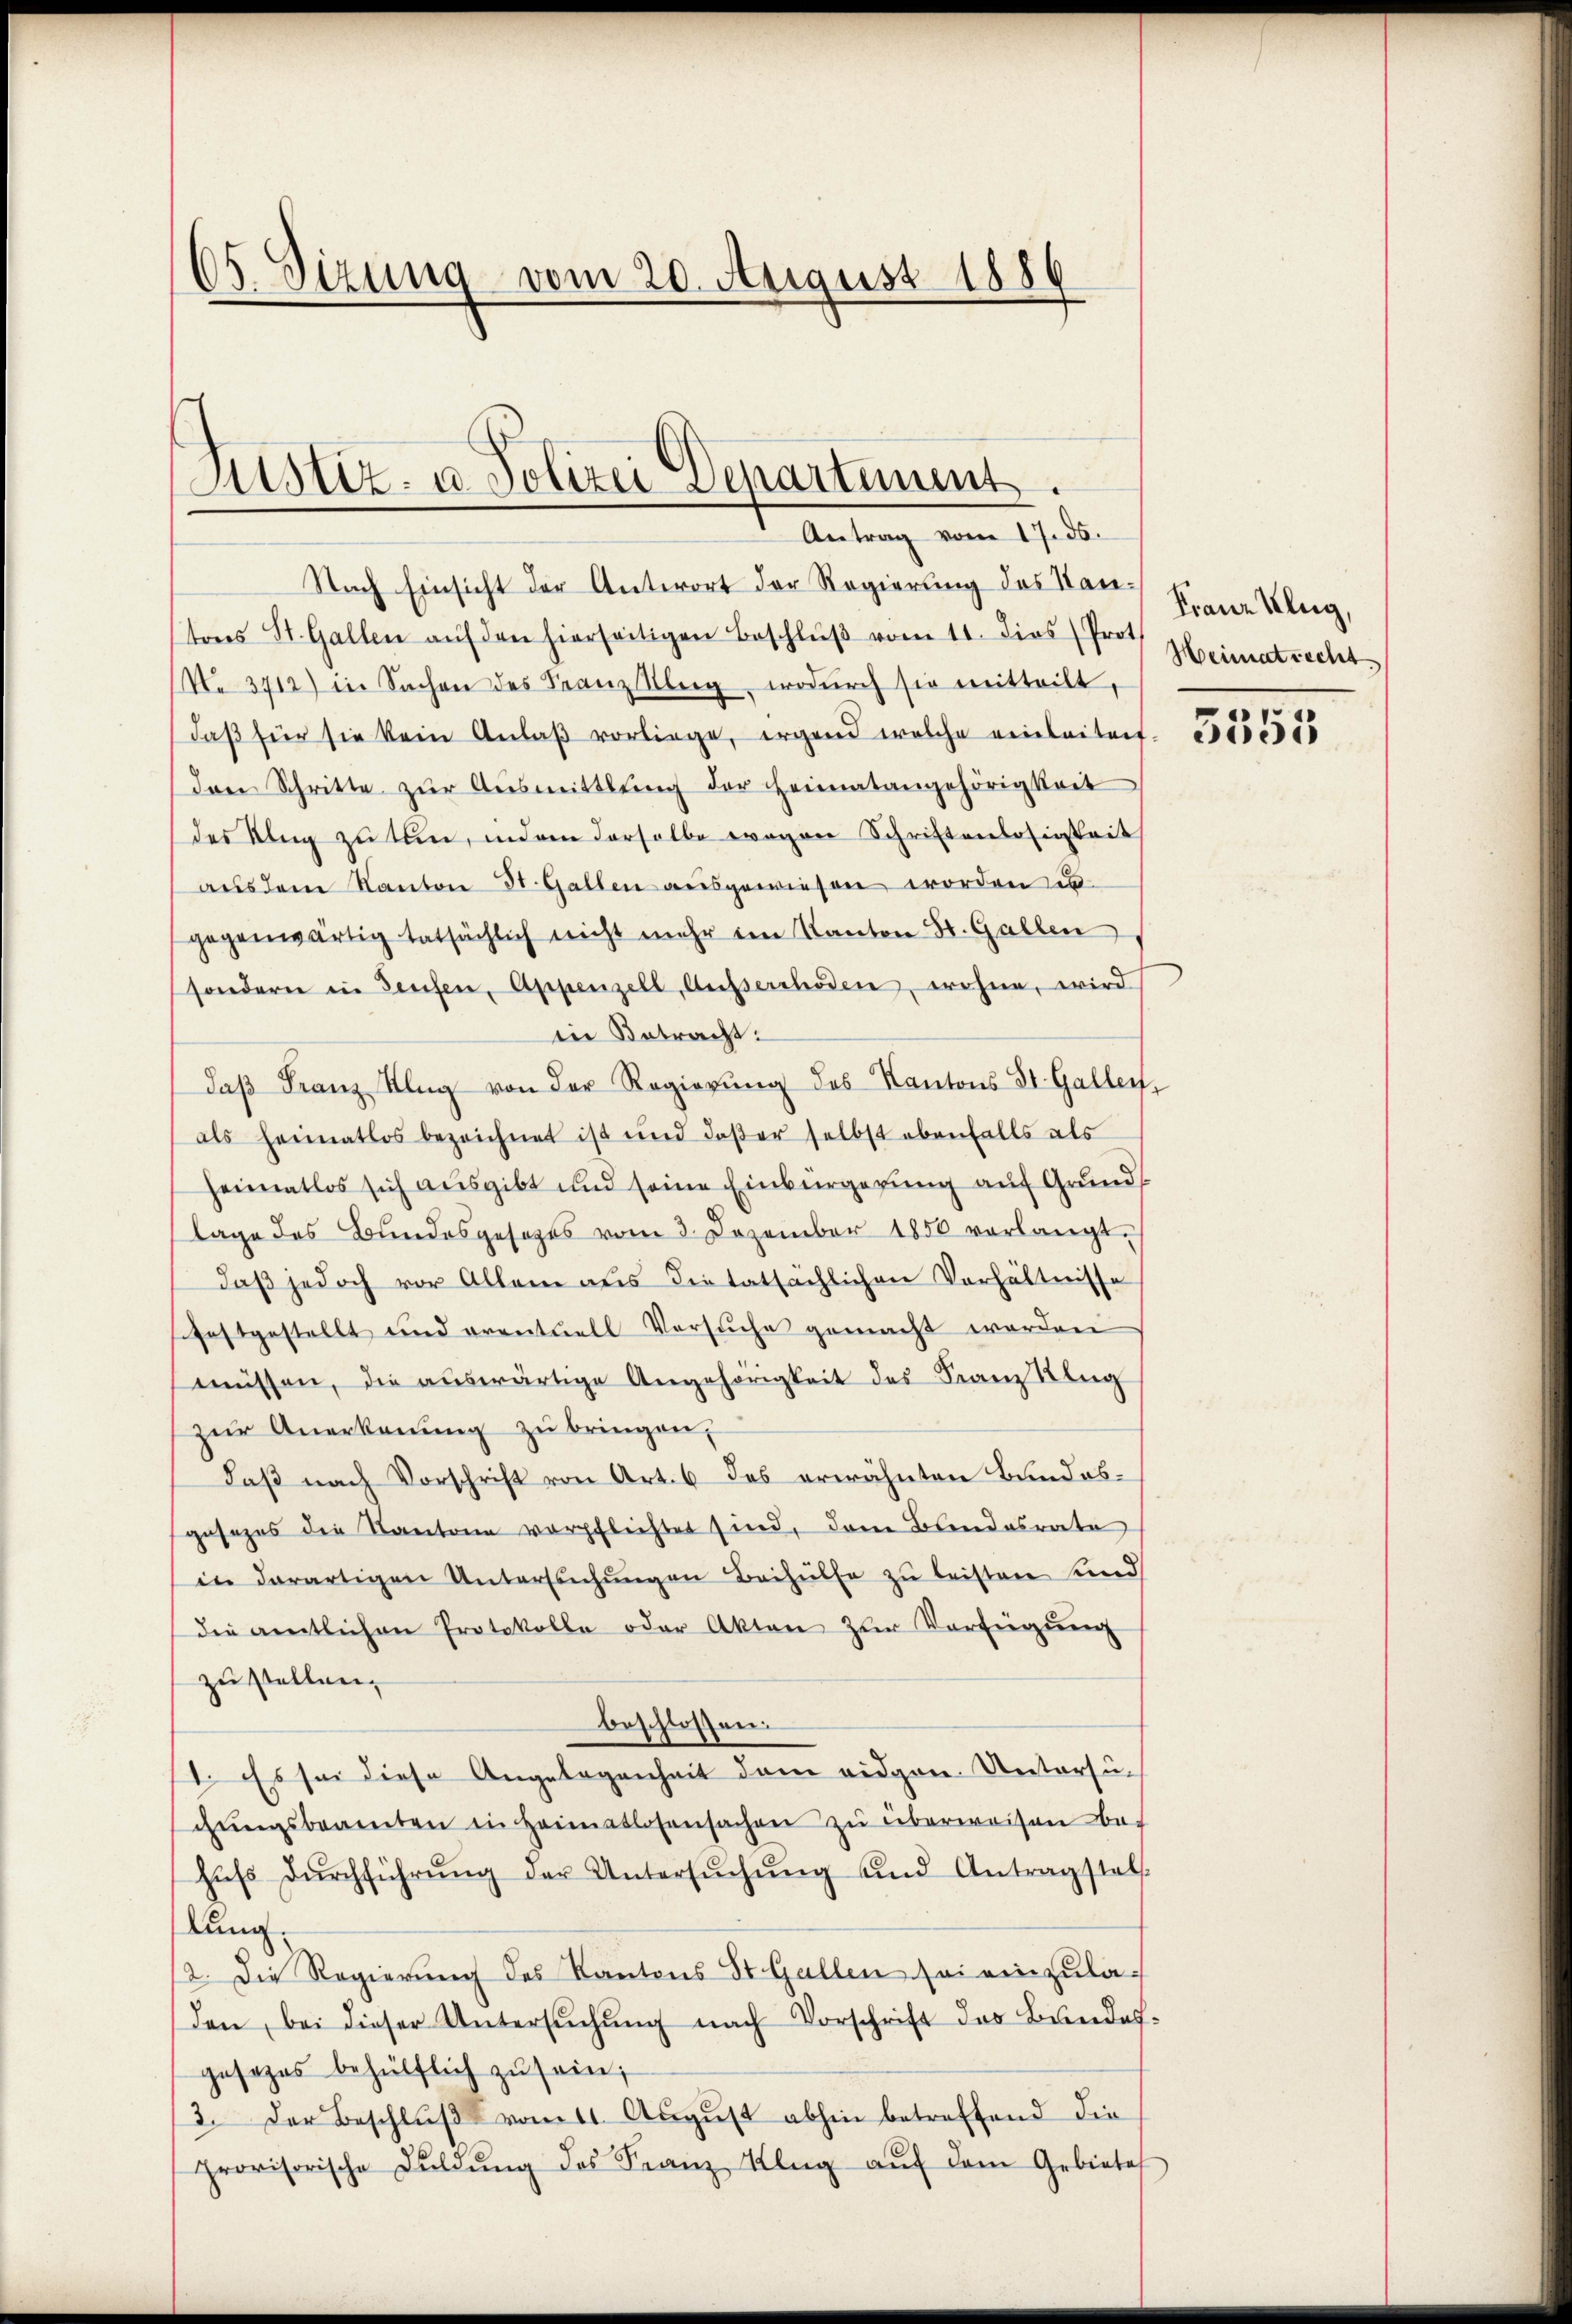
s
ed. Sizung vom 20. August 1886

Justiz- u. Polizei Departement.
Antrag vom 17. ds.

Nach Einsicht der Antwort der Regierung des Stantons St. Gallen aŭf den hierseitigen Beschlŭβ vom 11. dies (Prot
N. 3712) in Sachen des Franz leg, wodŭrch sie mitteilt,
daβ für sie kein Anlaβ vorliege, irgend welche einleitert
den Schritte zŭr Aŭsmittlung der Heimatangehörigkeit
des Klag zu sein, indem derselbe wegen Schriftenlosigkeit
aŭs dem Kanton St. Gallen aŭsgewiesen worden u.
gegenwärtig tatsächlich nicht mehr im Kanton St. Gallen
sondern in Teufen, Appenzell, Ausserrhoden, wohne, wird
in Betracht:
daβ Franz Klŭg von der Regierŭng des Kantons St. Galler,
als Heimatlos bezeichnet ist und daßer selbst ebenfalls als
heimatlos sich ausgibt und seine Einbürgerung auf Grundlage des Bundesgesetzes vom 3. Dezember 1850 verlangt.
daß jedoch vor Allem aus dietatsächlichen Verhältnisse
sfestgestellt und eventuell Versŭche gemacht worden
müssen, die auswärtige Angehörigkeit des Franz Klug
zŭr Anerkennung zŭ bringen,
daβ nach Vorschrift von Art. 6 des erwähnten Bandobgesezes die Kantone verpflichtet sind, dem Bundesrate
in derartigen Untersuchungen Beihülfe zu leisten sind
die amtlichen Protokolle oder Akten zŭr Verfügŭng
zu stellen.
beschlossen.
1. Es sei diese Angelegenheit dem eidgen. Untersuchŭngsbeamten in Heimatlosensachen zŭ überweisen be-
hŭfs Dŭrchführŭng der Untersŭchŭng und Antragstel
lung.
.
2. Die Regierung des Kantons St. Gallen sei einzuladen, bei dieser Untersŭchŭng nach Vorschrift des Bundes-
gesezes behülflich zu sein;
3. Der Beschlŭβ vom 11. Aŭgŭst abhin betreffend die
provisorische Duldŭng des Franz Klŭg aŭf dem Gebietes

Franz Klug,
Heimatrecht.

5555